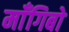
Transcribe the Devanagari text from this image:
माँगिबो